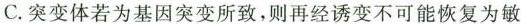
C.突变体若为基因突变所致，则再经诱变不可能恢复为敏